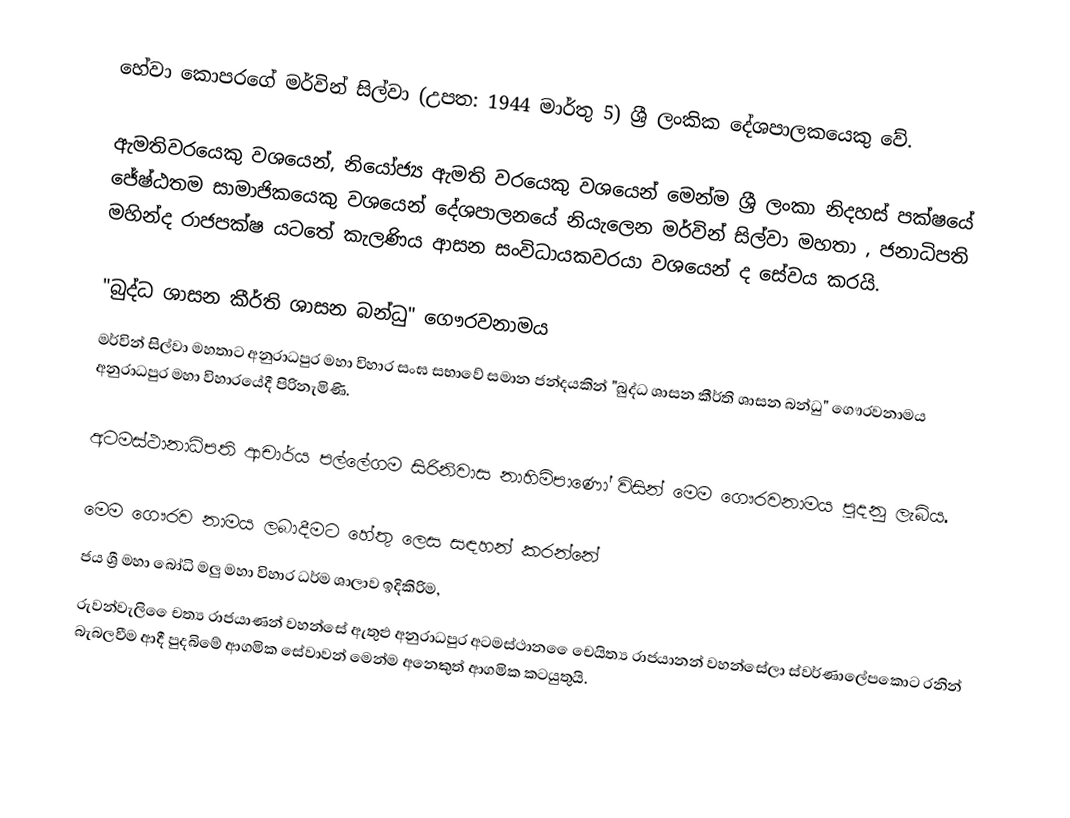
හේවා කොපරගේ මර්වින් සිල්වා (උපත: 1944 මාර්තු 5)  ශ්‍රී ලංකික දේශපාලකයෙකු වේ.

ඇමතිවරයෙකු වශයෙන්, නියෝජ්‍ය ඇමති වරයෙකු වශයෙන් මෙන්ම ශ්‍රී ලංකා නිදහස් පක්ෂයේ ජේෂ්ඨතම සාමාජිකයෙකු වශයෙන් දේශපාලනයේ නියැලෙන මර්වින් සිල්වා මහතා , ජනාධිපති මහින්ද රාජපක්ෂ යටතේ කැලණිය ආසන සංවිධායකවරයා වශයෙන් ද සේවය කරයි.

"බුද්ධ ශාසන කීර්ති ශාසන බන්ධු"  ගෞරවනාමය
මර්වින් සිල්වා මහතාට අනුරාධපුර මහා විහාර සංඝ සභාවේ සමාන ජන්දයකින් "බුද්ධ ශාසන කීර්ති ශාසන බන්ධු"  ගෞරවනාමය  අනුරාධපුර මහා විහාරයේදී පිරිනැමිණි.

අටමස්ථානාධිපති ආචාර්ය පල්ලේගම සිරිනිවාස නාහිමිපාණෝ විසින් මෙම ගෞරවනාමය පුදනු ලැබිය.

මෙම ගෞරව නාමය ලබාදීමට හේතු ලෙස සඳහන් කරන්නේ
ජය ශ්‍රී මහා බෝධි මලු මහා විහාර ධර්ම ශාලාව ඉදිකිරිම,
රුවන්වැලි ‍‍‍ෛචත්‍ය රාජයාණන් වහන්සේ ඇතුළු අනුරාධපුර අටමස්ථාන ‍ෛචෙයිත්‍ය රාජයානන් වහන්සේලා ස්වර්ණාලේපකොට රනින් බැබලවීම ආදී පුදබිමේ ආගමික සේවාවන් මෙන්ම අනෙකුත් ආගමික කටයුතුයි.